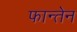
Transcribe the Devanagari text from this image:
फान्तेन